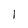
Character: l